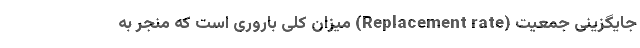
جایگزینی جمعیت (Replacement rate) میزان کلی باروری است که منجر به